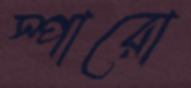
স্পারো